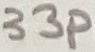
Text: 33p